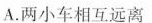
A.两小车相互远离